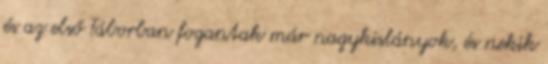
és az első Táborban fogantak már nagykislányok, és nekik